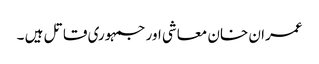
عمران خان معاشی اور جمہوری قاتل ہیں ۔